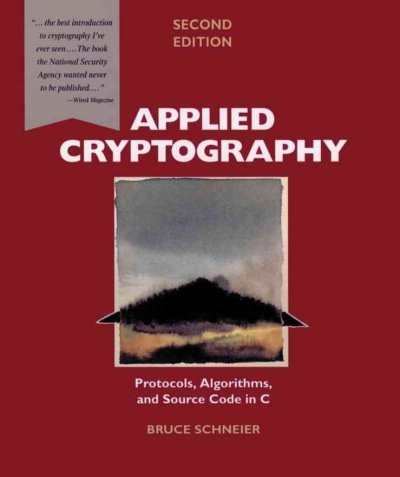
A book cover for Applied Cryptography: Protocols, Algorithms, and Source Code in C [ APPLIED CRYPTOGRAPHY: PROTOCOLS, ALGORITHMS, AND SOURCE CODE IN C BY Schneier, Bruce ( Author ) Nov-01-1995; Bruce Schneier; Computers & Technology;